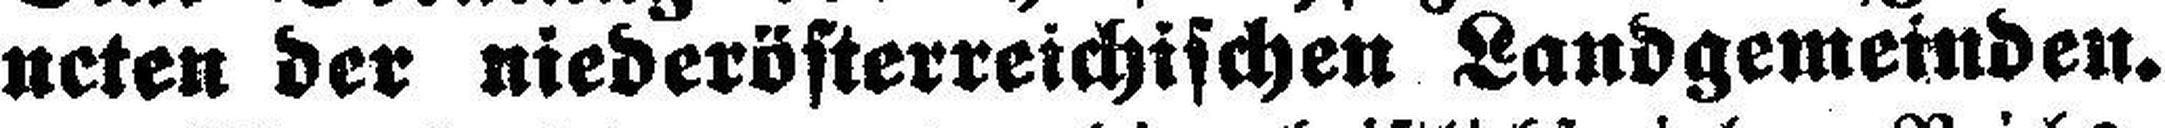
ncten der niederösterreichischen Landgemeinden.